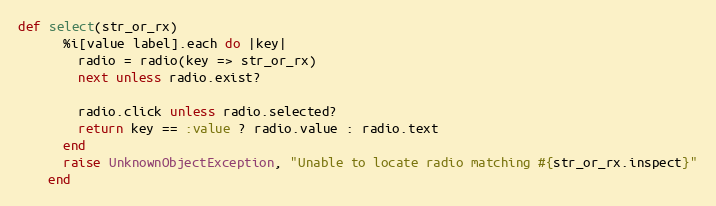
Language: Ruby
def select(str_or_rx)
      %i[value label].each do |key|
        radio = radio(key => str_or_rx)
        next unless radio.exist?

        radio.click unless radio.selected?
        return key == :value ? radio.value : radio.text
      end
      raise UnknownObjectException, "Unable to locate radio matching #{str_or_rx.inspect}"
    end